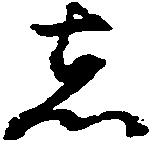
者